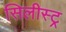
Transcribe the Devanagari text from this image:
सिलीस्ट्र